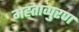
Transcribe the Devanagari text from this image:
मह्ताव्पुरण